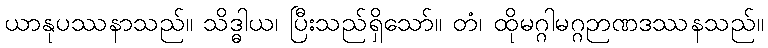
ယာနုပဿနာသည်။ သိဒ္ဓါယ၊ ပြီးသည်ရှိသော်။ တံ၊ ထိုမဂ္ဂါမဂ္ဂဉာဏဒဿနသည်။